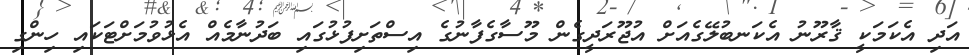
އަދި އެކަމަކީ ޤާރޫނު އެކަނބުލޭގެއަށް އުޖޫރަދީގެން މޫސާގެފާނުގެ އިސްތަށިފުޅުގައި ބަދުނާމެއް އެޅުވުމަށްޓަކައި ހިންގި